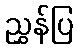
ညွှန်ပြ